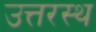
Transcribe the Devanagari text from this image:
उत्तरस्थ